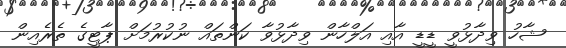
ޝާހު ވިދާޅުވީ ޑީޑީ އާއި އަލްހާން ވިދާޅުވާ ކަންތައް ނުކުރުމަށް ޕާޓީގެ ތެރެއިން